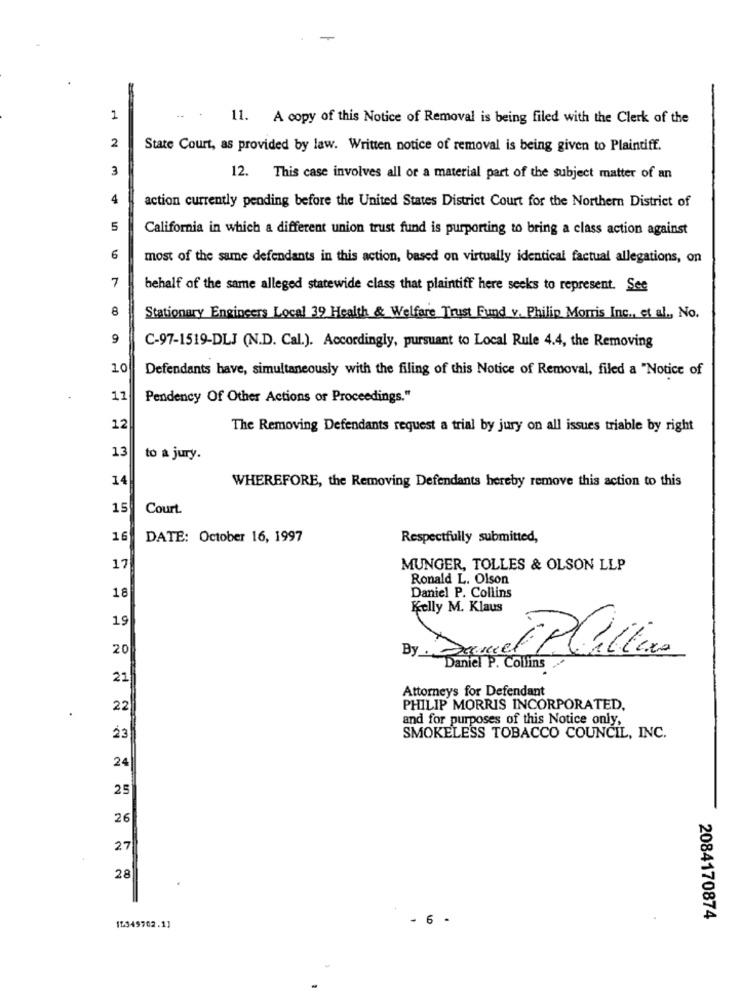
1
11. A copy of this Notice of Removal is being filed with the Clerk of the
2
State Court, as provided by law. Written notice of removal is being given to Plaintiff.
3
12. This case involves all or a material part of the subject matter of an
4
action currently pending before the United States District Court for the Northern District of
5
California in which a different union trust fund is purporting to bring a class action against
6
most of the same defendants in this action, based on virtually identical factual allegations, on
7
behalf of the same alleged statewide class that plaintiff here seeks to represent. See
8
Stationary Engineers Local 39 Health & Welfare Trust Fund v. Philip Morris Inc ., et al ., No.
9
C-97-1519-DLJ (N.D. Cal.). Accordingly, pursuant to Local Rule 4.4, the Removing
10
Defendants have, simultaneously with the filing of this Notice of Removal, filed a "Notice of
11
Pendency Of Other Actions or Proceedings."
12
The Removing Defendants request a trial by jury on all issues triable by right
13
to a jury.
14
WHEREFORE, the Removing Defendants hereby remove this action to this
15
Court
16
DATE: October 16, 1997
Respectfully submitted,
17
MUNGER, TOLLES & OLSON LLP
Ronald L. Olson
Daniel P. Collins
18
Kelly M. Klaus
19
20
By Daniel P. Collins
21
Attorneys for Defendant
22
PHILIP MORRIS INCORPORATED.
and for purposes of this Notice only,
23
SMOKELESS TOBACCO COUNCIL, INC.
24
25
26
27
28
- 6 -
2084170874
15349702.1]